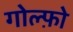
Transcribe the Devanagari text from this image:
गोल्फ़ो